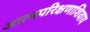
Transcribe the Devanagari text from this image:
आत्मपरिक्षणाशिवाय